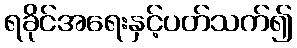
ရခိုင်အရေးနှင့်ပတ်သက်၍